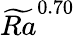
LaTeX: \widetilde{Ra}^{0.70}